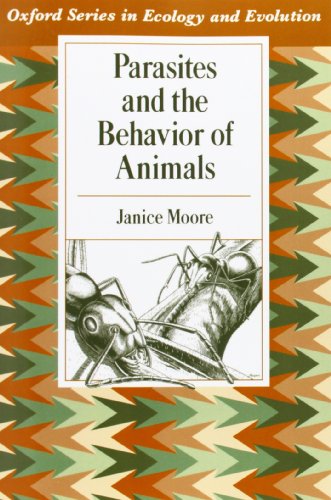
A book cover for Parasites and the Behavior of Animals (Oxford Series in Ecology and Evolution); Janice Moore; Medical Books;